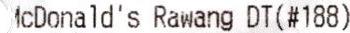
MCDONALD'S RAWANG DT(#188)